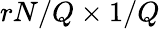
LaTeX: rN/Q\times 1/Q